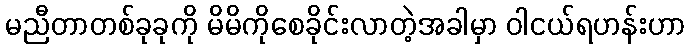
မညီတာတစ်ခုခုကို မိမိကိုစေခိုင်းလာတဲ့အခါမှာ ဝါငယ်ရဟန်းဟာ